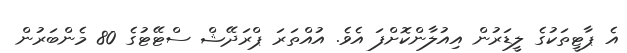
އެ ޕާޓީތަކުގެ ލީޑަރުން އިއުލާންކޮށްފަ އެވެ. އުއްތަރަ ޕްރަދޭޝް ސްޓޭޓުގެ 80 މެންބަރުން